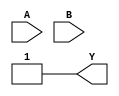
module combinational_logic (
    input wire A,  // Input A
    input wire B,  // Input B
    output wire Y  // Output Y
);

// Combinational logic using 'don't care' conditions
assign Y = (A & B) | (A ~& B); // Y = AB + A'B + A'B' (simplified)

endmodule